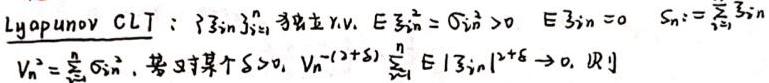
Lyapunov CLT : $\{\xi_{in}\}_{i = 1}^{n}$ 为独立 r.v. $E\xi_{in}^{2}=\sigma_{in}^{2}>0$, $E\xi_{in}=0$, $S_{n}:=\sum_{i = 1}^{n}\xi_{in}$

$V_{n}^{2}=\sum_{i = 1}^{n}\sigma_{in}^{2}$, 若对某个 $\delta>0$, $V_{n}^{-(2 + \delta)}\sum_{i = 1}^{n}E|\xi_{in}|^{2+\delta}\to 0$, 则